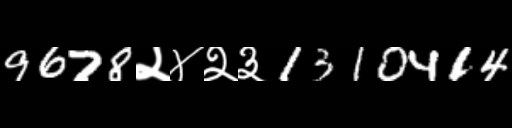
Text: 9678२४२३1310414